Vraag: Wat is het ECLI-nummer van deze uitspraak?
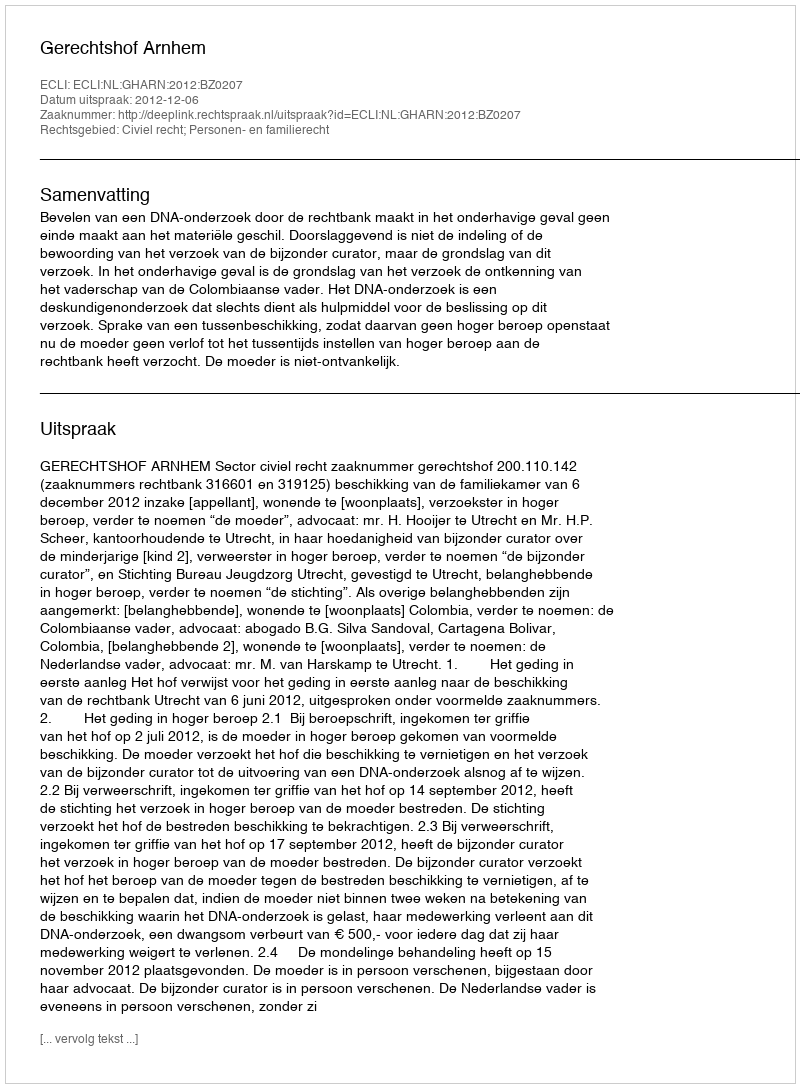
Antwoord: ECLI:NL:GHARN:2012:BZ0207